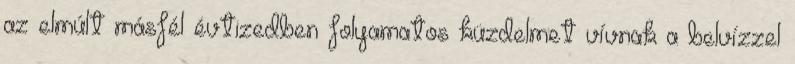
az elmúlt másfél évtizedben folyamatos küzdelmet vívnak a belvízzel